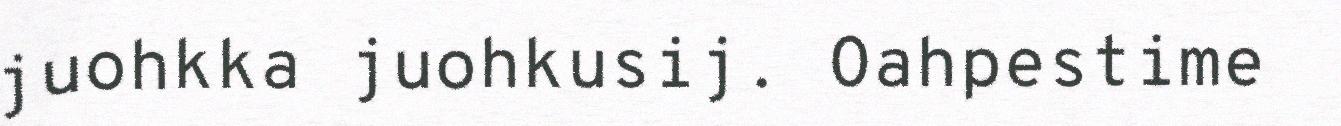
juohkka juohkusij. Oahpestime